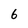
Character: 6